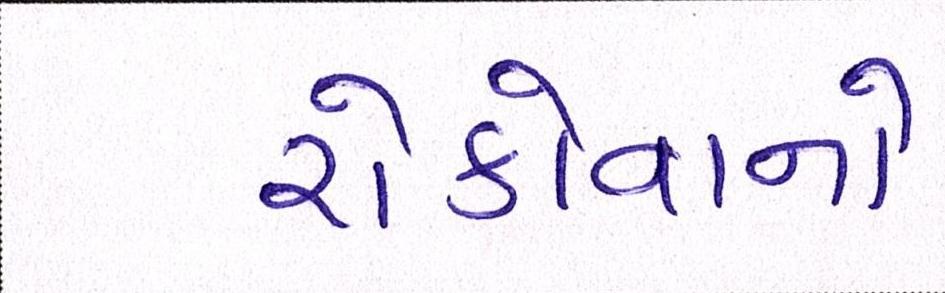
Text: રોકોવાનો